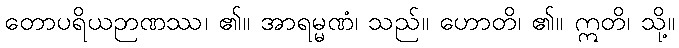
တောပရိယဉာဏဿ၊ ၏။ အာရမ္မဏံ၊ သည်။ ဟောတိ၊ ၏။ ဣတိ၊ သို့။